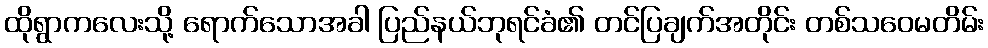
ထိုရွာကလေးသို့ ရောက်သောအခါ ပြည်နယ်ဘုရင်ခံ၏ တင်ပြချက်အတိုင်း တစ်သဝေမတိမ်း